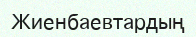
Жиенбаевтардың